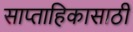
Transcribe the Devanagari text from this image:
साप्ताहिकासाठी